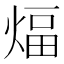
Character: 煏